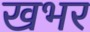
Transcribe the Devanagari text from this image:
खभर